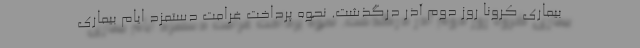
بیماری کرونا روز دوم آذر درگذشت. نحوه پرداخت غرامت دستمزد ایام بیماری